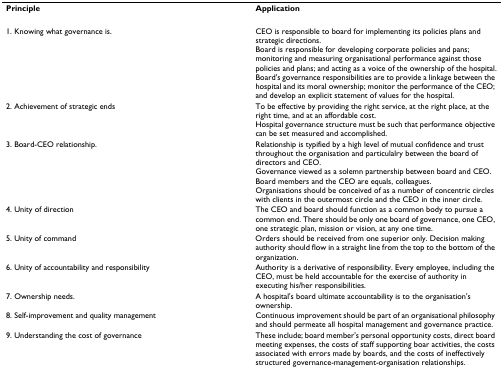
<table><thead><tr><td><b>Principle</b></td><td><b>Application</b></td></tr></thead><tbody><tr><td>1. Knowing what governance is.</td><td>CEO is responsible to board for implementing its policies plans and strategic directions.Board is responsible for developing corporate policies and pans; monitoring and measuring organisational performance against those policies and plans; and acting as a voice of the ownership of the hospital.Board&#x27;s governance responsibilities are to provide a linkage between the hospital and its moral ownership; monitor the performance of the CEO; and develop an explicit statement of values for the hospital.</td></tr><tr><td>2. Achievement of strategic ends</td><td>To be effective by providing the right service, at the right place, at the right time, and at an affordable cost.Hospital governance structure must be such that performance objective can be set measured and accomplished.</td></tr><tr><td>3. Board-CEO relationship.</td><td>Relationship is typified by a high level of mutual confidence and trust throughout the organisation and particulalry between the board of directors and CEO.Governance viewed as a solemn partnership between board and CEO.Board members and the CEO are equals, colleagues.Organisations should be conceived of as a number of concentric circles with clients in the outermost circle and the CEO in the inner circle.</td></tr><tr><td>4. Unity of direction</td><td>The CEO and board should function as a common body to pursue a common end. There should be only one board of governance, one CEO, one strategic plan, mission or vision, at any one time.</td></tr><tr><td>5. Unity of command</td><td>Orders should be received from one superior only. Decision making authority should flow in a straight line from the top to the bottom of the organization.</td></tr><tr><td>6. Unity of accountability and responsibility</td><td>Authority is a derivative of responsibility. Every employee, including the CEO, must be held accountable for the exercise of authority in executing his/her responsibilities.</td></tr><tr><td>7. Ownership needs.</td><td>A hospital&#x27;s board ultimate accountability is to the organisation&#x27;s ownership.</td></tr><tr><td>8. Self-improvement and quality management</td><td>Continuous improvement should be part of an organisational philosophy and should permeate all hospital management and governance practice.</td></tr><tr><td>9. Understanding the cost of governance</td><td>These include; board member&#x27;s personal opportunity costs, direct board meeting expenses, the costs of staff supporting boar activities, the costs associated with errors made by boards, and the costs of ineffectively structured governance-management-organisation relationships.</td></tr></tbody></table>